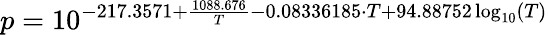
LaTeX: p=10^{-217.3571+\frac{1088.676}{T}-0.08336185\cdot{}T+94.88752\log_{10}(T)}